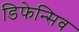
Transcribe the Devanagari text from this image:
डिफेन्सिव